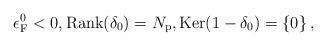
LaTeX: \begin{align*}\epsilon_{\rm F}^0 < 0, \mbox{Rank}(\delta_0)= N_{\rm p}, \mbox{Ker}(1-\delta_0)=\left\{0\right\},\end{align*}